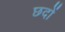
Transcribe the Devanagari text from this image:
छदों